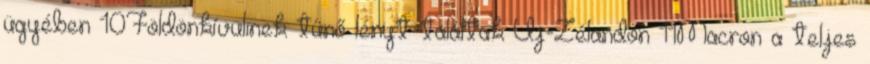
ügyében 10Földönkívülinek tűnő lényt találtak Új-Zélandon 11Macron a teljes